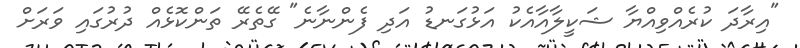
"އިރާދަ ކުރެއްވިއްޔާ ޝަކީލާއާއެކު އަޅުގަނޑު އަދި ފެންނާނެ" ގޭތެރޭ ތަންކޮޅެއް ދުރުގައި ވަރަށް